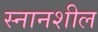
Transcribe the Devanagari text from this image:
स्नानशील